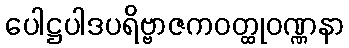
ပေါဋ္ဌပါဒပရိဗ္ဗာဇကဝတ္ထုဝဏ္ဏနာ